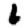
Digit: 6